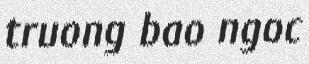
truong bao ngoc